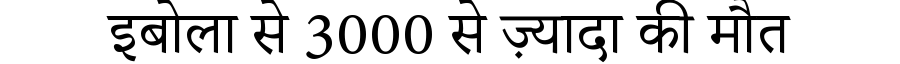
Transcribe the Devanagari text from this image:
इबोला से 3000 से ज़्यादा की मौत